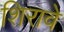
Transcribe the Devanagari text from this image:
शिरावे